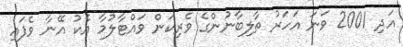
އަދި 2001 ވަނަ އަހަރު ތާލިބާނުންގެ ވެރިކަން ވައްޓާލުމާ އެކު އޭނާ ވެފައި